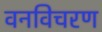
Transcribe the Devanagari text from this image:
वनविचरण